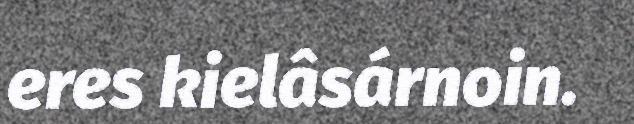
eres kielâsárnoin.